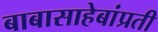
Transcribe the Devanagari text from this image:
बाबासाहेबांप्रती